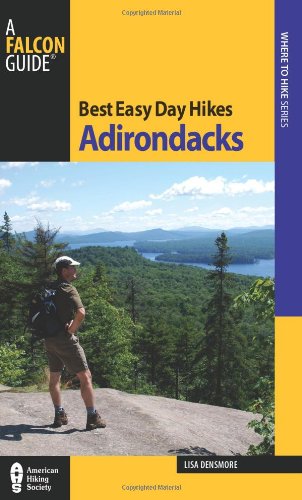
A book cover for Best Easy Day Hikes Adirondacks (Best Easy Day Hikes Series); Lisa Densmore; Travel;